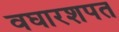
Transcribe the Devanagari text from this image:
वघारशपत